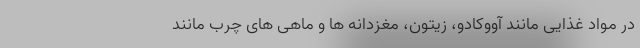
در مواد غذایی مانند آووکادو، زیتون، مغزدانه ها و ماهی های چرب مانند